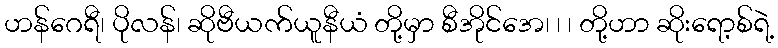
ဟန်ဂေရီ၊ ပိုလန်၊ ဆိုဗီယက်ယူနီယံ တို့မှာ စီအိုင်အေ၊ ၊ ၊ တို့ဟာ ဆိုးရော့စ်ရဲ့